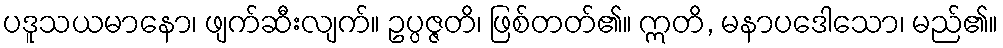
ပဒူသယမာနော၊ ဖျက်ဆီးလျက်။ ဥပ္ပဇ္ဇတိ၊ ဖြစ်တတ်၏။ ဣတိ, မနာပဒေါသော၊ မည်၏။